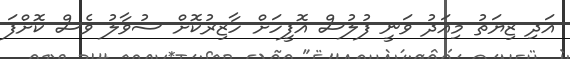
އަދި ޒިޔަތު މިއަދު ވަނީ ފުލުސް އޮފީހަށް ހާޒިރުކޮށް ސުވާލު ވެސް ކޮށްފަ